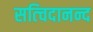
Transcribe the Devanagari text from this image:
सत्चिदानन्द